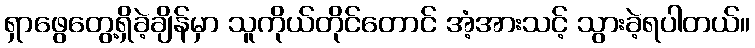
ရှာဖွေတွေ့ရှိခဲ့ချိန်မှာ သူကိုယ်တိုင်တောင် အံ့အားသင့် သွားခဲ့ရပါတယ်။